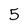
Character: 5